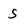
Character: s